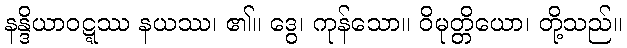
နန္ဒိယာဝဋ္ဋဿ နယဿ၊ ၏။ ဒွေ၊ ကုန်သော။ ဝိမုတ္တိယော၊ တို့သည်။